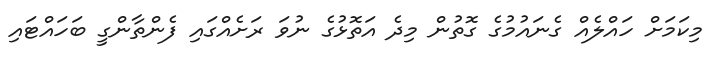
މިކަމަށް ހައްލެއް ގެނައުމުގެ ގޮތުން މިދެ އަތޮޅުގެ ނުވަ ރަށެއްގައި ފެންތާންގީ ބަހައްޓައި